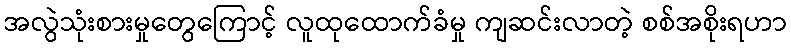
အလွဲသုံးစားမှုတွေကြောင့် လူထုထောက်ခံမှု ကျဆင်းလာတဲ့ စစ်အစိုးရဟာ